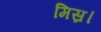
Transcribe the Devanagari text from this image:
मिस्र।